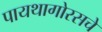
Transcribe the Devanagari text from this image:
पायथागोरसचे